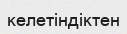
келетіндіктен